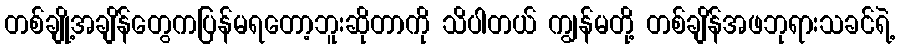
တစ်ချို့အချိန်တွေကပြန်မရတော့ဘူးဆိုတာကို သိပါတယ် ကျွန်မတို့ တစ်ချိန်အဖဘုရားသခင်ရဲ့